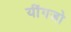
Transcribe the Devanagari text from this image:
यींगजो